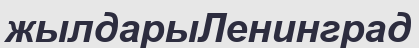
жылдарыЛенинград